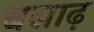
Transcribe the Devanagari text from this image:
बसाढ़